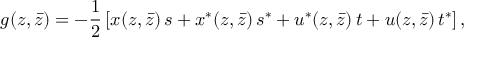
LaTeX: g ( z , \bar { z } ) = - \frac { 1 } { 2 } \left[ x ( z , \bar { z } ) \, s + x ^ { * } ( z , \bar { z } ) \, s ^ { * } + u ^ { * } ( z , \bar { z } ) \, t + u ( z , \bar { z } ) \, t ^ { * } \right] ,